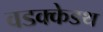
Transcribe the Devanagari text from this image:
वडक्केडथ